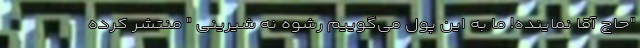
"حاج آقا نماینده! ما به این پول می‌گوییم رشوه نه شیرینی " منتشر کرده